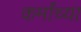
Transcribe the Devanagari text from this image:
कर्मांच्या